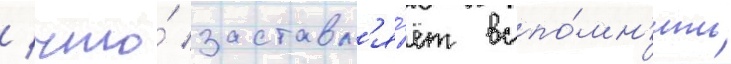
/ что́ заставл'я́ет вспо́мн'ить